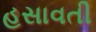
હસાવતી